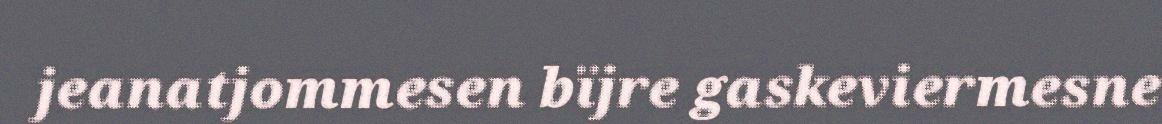
jeanatjommesen bïjre gaskeviermesne